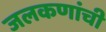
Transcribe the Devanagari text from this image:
जलकणांची